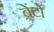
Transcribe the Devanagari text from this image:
ब्रेंटो